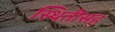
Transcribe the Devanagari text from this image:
स्थितीसह